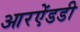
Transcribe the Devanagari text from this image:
आरऐंडडी